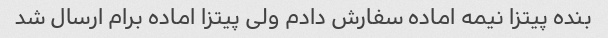
بنده پیتزا نیمه اماده سفارش دادم ولی پیتزا اماده برام ارسال شد